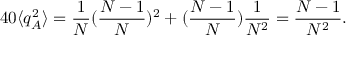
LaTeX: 4 0 \langle q _ { A } ^ { 2 } \rangle = \frac { 1 } { N } ( \frac { N - 1 } { N } ) ^ { 2 } + ( \frac { N - 1 } { N } ) \frac { 1 } { N ^ { 2 } } = \frac { N - 1 } { N ^ { 2 } } .